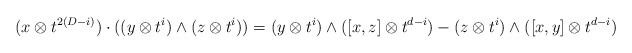
\begin{align*}(x\otimes t^{2(D-i)}) \cdot ((y \otimes t^i) \wedge (z \otimes t^i)) =(y \otimes t^i) \wedge ([x,z] \otimes t^{d-i}) - (z \otimes t^i) \wedge ([x,y] \otimes t^{d-i})\end{align*}